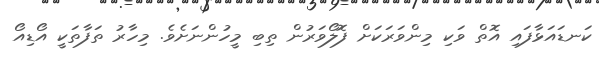
ކަނޑައަޅާފައި އޮތް ވަކި މިންވަރަކަށް ފޮލޯވަރުން ތިބި މީހުންނަށެވެ. މިހާރު ތަފާތަކީ އޯޑިއޯ